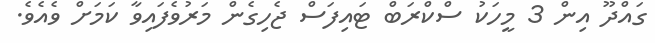
ގައްދޫ އިން 3 މީހަކު ސްކްރަބް ޓައިފަސް ޖެހިގެން މަރުވެފައިވާ ކަމަށް ވެއެވެ.